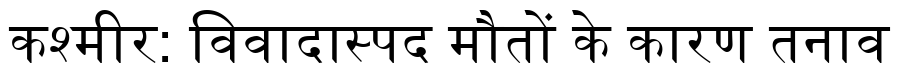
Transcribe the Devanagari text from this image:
कश्मीर: विवादास्पद मौतों के कारण तनाव